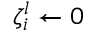
\zeta _ { i } ^ { l } \gets 0